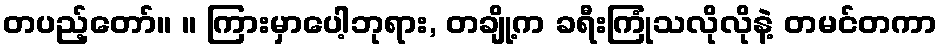
တပည့်တော်။ ။ ကြားမှာပေါ့ဘုရား, တချို့က ခရီးကြုံသလိုလိုနဲ့ တမင်တကာ